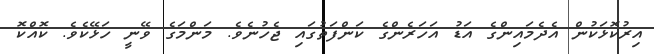
އިރުކޮޅަކުން އެދެމައިންގެ އަޑު އަހަރެންގެ ކަންފަތުގައި ޖެހުނެވެ. މަންމަގެ ވޭނީ ހަޅޭކެވެ. ކޮއްކޮ